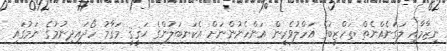
ނިޒާމާއި ލަގަނެއްނެތް ތަހްޒީބުގެ އަހްލުވެރީން އަންހެނުންނަށް އެކަނބަލުންގެ ޙަޤީޤީ މަޤާމު ހޯދައިދިނުމުގެ ނަމުގައި